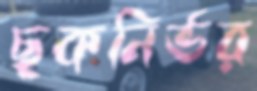
ছকনির্ভর